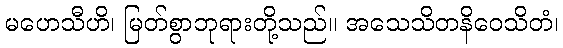
မဟေသီဟိ၊ မြတ်စွာဘုရားတို့သည်။ အသေသိတနိဝေသိတံ၊